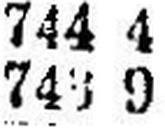
743 9